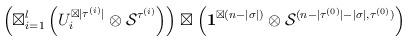
LaTeX: \begin{align*}\left( \boxtimes_{i = 1}^{l} \left(U_i^{\boxtimes |\tau^{(i)}|} \otimes \mathcal{S}^{\tau^{(i)}} \right) \right) \boxtimes \left(\mathbf{1}^{\boxtimes (n - |\sigma|)} \otimes \mathcal{S}^{(n - |\tau^{(0)}| - |\sigma|, \tau^{(0)})}\right)\end{align*}